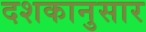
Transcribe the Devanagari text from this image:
दशकानुसार